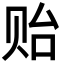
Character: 贻